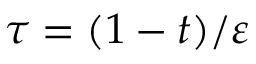
\tau = ( 1 - t ) / \varepsilon